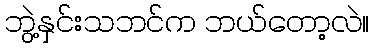
ဘွဲ့နှင်းသဘင်က ဘယ်တော့လဲ။